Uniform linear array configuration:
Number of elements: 12
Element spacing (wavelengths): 1
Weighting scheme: binomial
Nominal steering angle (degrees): -15
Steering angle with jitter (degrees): -16.559
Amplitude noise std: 0.05
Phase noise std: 0.05

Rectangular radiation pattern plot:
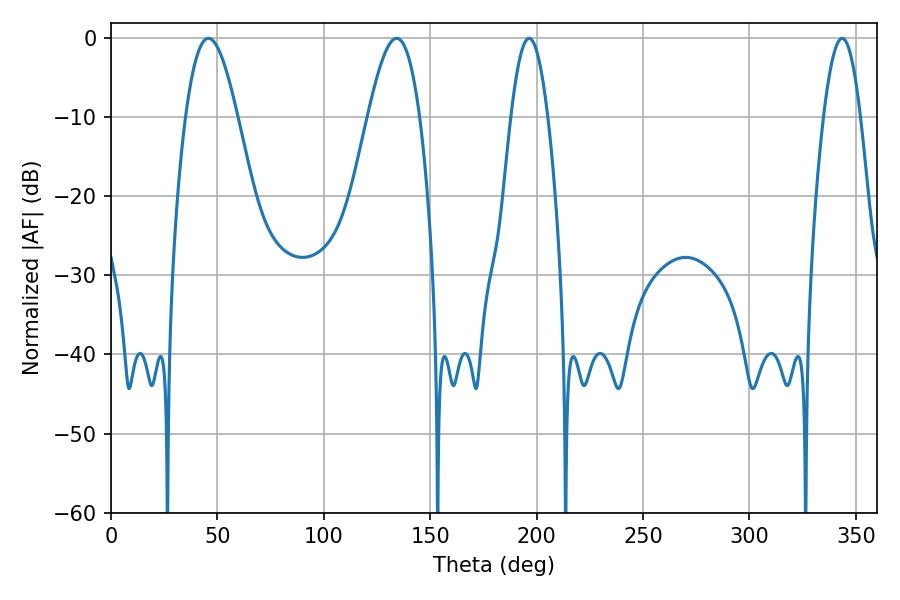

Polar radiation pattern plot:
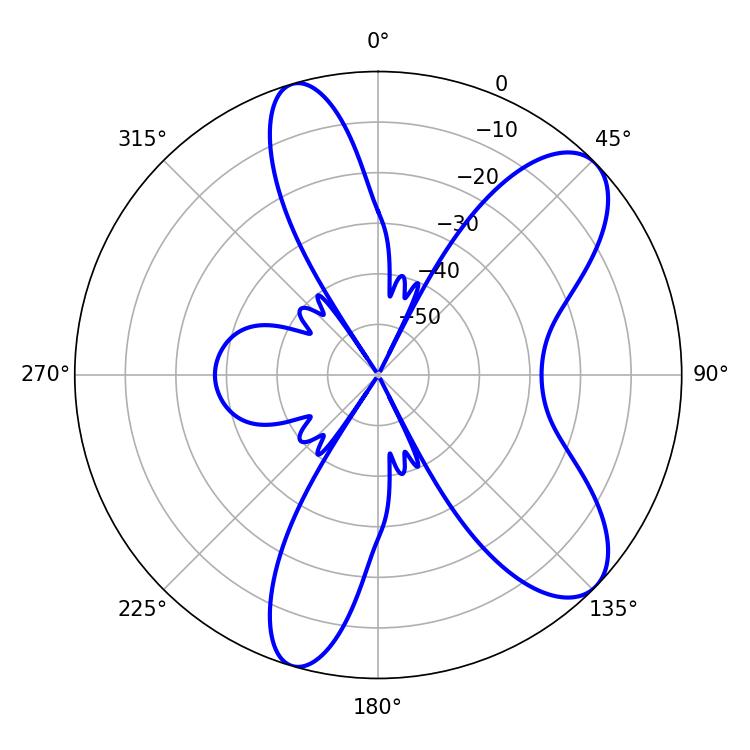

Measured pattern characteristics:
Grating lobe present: TRUE
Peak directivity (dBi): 8.811
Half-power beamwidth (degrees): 13.14
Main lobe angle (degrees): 45.72